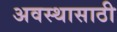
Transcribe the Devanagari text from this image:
अवस्थासाठी